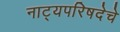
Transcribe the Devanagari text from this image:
नाट्यपरिषदेचे